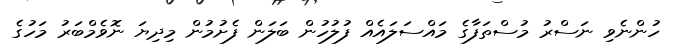
ހުންނެވި ނަސްރު މުސްތަފާގެ މައްސަލައެއް ފުލުހުން ބަލަން ފެށުމުން މިދިޔަ ނޮވެމްބަރު މަހުގެ